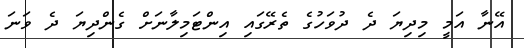
އޭނާ އަމީ މިދިޔަ ދެ ދުވަހުގެ ތެރޭގައި އިންޓަމިލާނަށް ގެންދިޔަ ދެ ވަނަ